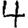
Digit: 4